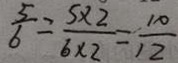
\frac { 5 } { 6 } = \frac { 5 \times 2 } { 6 \times 2 } = \frac { 1 0 } { 1 2 }